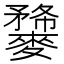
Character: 𪍫